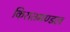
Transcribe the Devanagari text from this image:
किरातमण्डल